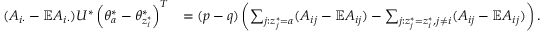
\begin{array} { r l } { ( A _ { i \cdot } - \mathbb { E } A _ { i \cdot } ) U ^ { * } \left( \theta _ { a } ^ { * } - \theta _ { z _ { i } ^ { * } } ^ { * } \right) ^ { T } } & { = ( p - q ) \left( \sum _ { j : z _ { j } ^ { * } = a } ( A _ { i j } - \mathbb { E } A _ { i j } ) - \sum _ { j : z _ { j } ^ { * } = z _ { i } ^ { * } , j \neq i } ( A _ { i j } - \mathbb { E } A _ { i j } ) \right) . } \end{array}